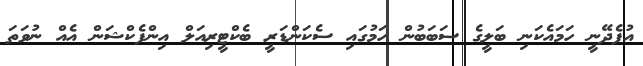
އުފެދޭނީ ހަމައެކަނި ބަލީގެ ސަބަބުން ހަމުގައި ސެކަންޑަރީ ބެކްޓީރިއަލް އިންފެކްޝަން އެއް ނުވަތަ